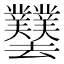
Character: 𫨱